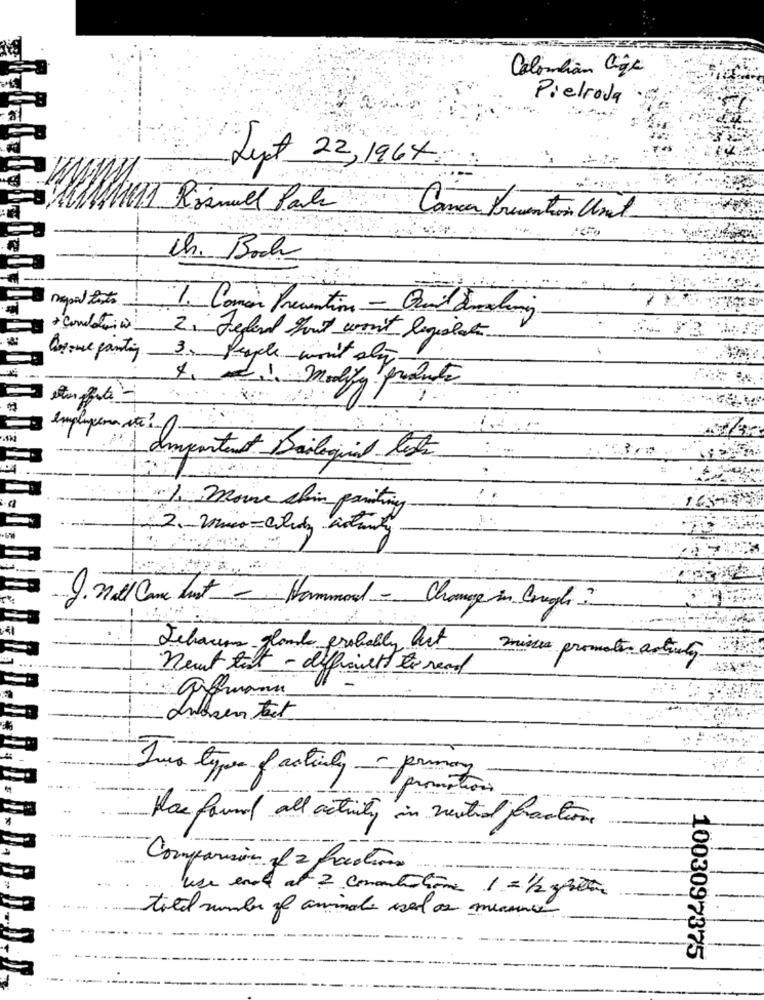
Colombian lige
Pielroda
Lyst
22,1964
11 Risnull Parte
Canca Trumentos Cost
Ch. Bock
1. Comin Preventing - Quil ducting
+ Combatirin_
2. Feband shout won't legislate
Corone panting
3. People won't sty
4. d ., modify producto
employeren ite ?
11 Important Bailogiciel tests
J. Will Come Just - Hammond - Change in Crnogle
Dehacer glands probably but minces promoter actively.
Neuf tilt-
t - difficulté to read
Two types of actualy - primary -
Hoe found all activity in neutral fraction
Compassion of 2 fractions
use ende at 2 coment-home 1 =1/2 g heter
total number of animale used as measure
1003097375